Civil Veterinary Department. Central Provinces & Berar 1932-41 - 1932-1941
Year: 1932
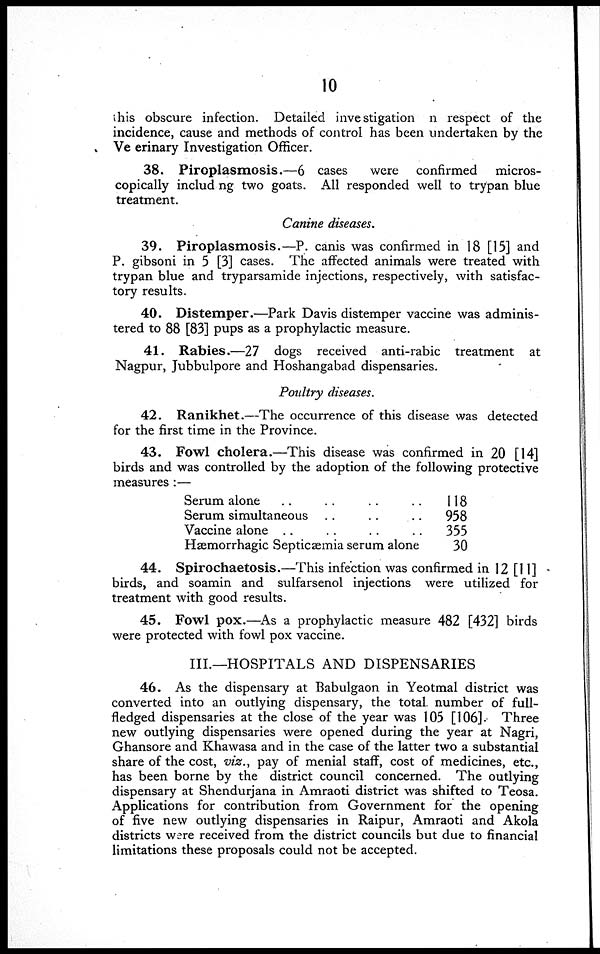
10
this obscure infection. Detailed investigation n respect of the
incidence, cause and methods of control has been undertaken by the
Veterinary Investigation Officer.
38. Piroplasmosis.—6 cases
were confirmed
micros-
copically includ ng two goats. All responded well to trypan blue
treatment.
Canine diseases.
39. Piroplasmosis.—P. canis was confirmed in 18 [15] and
P. gibsoni in 5 [3] cases. The affected animals were treated with
trypan blue and tryparsamide injections, respectively, with satisfac-
tory results.
40. Distemper.—Park Davis distemper vaccine was adminis-
tered to 88 [83] pups as a prophylactic measure.
41. Rabies.—27 dogs received anti-rabic treatment at
Nagpur, Jubbulpore and Hoshangabad dispensaries.
Poultry diseases.
42. Ranikhet.—The occurrence of this disease was detected
for the first time in the Province.
43. Fowl cholera.—This disease was confirmed in 20 [14]
birds and was controlled by the adoption of the following protective
measures :—
Serum alone .. .. .. ..
Serum simultaneous .. .. ..
Vaccine alone .. .. .. ..
Hæmorrhagic Septicæmia serum alone
118
958
355
30
44. Spirochaetosis.—This infection was confirmed in 12 [11]
birds, and soamin and sulfarsenol injections were utilized for
treatment with good results.
45. Fowl pox.—As a prophylactic measure 482 [432] birds
were protected with fowl pox vaccine.
III.—HOSPITALS AND DISPENSARIES
46. As the dispensary at Babulgaon in Yeotmal district was
converted into an outlying dispensary, the total number of full-
fledged dispensaries at the close of the year was 105 [106]. Three
new outlying dispensaries were opened during the year at Nagri,
Ghansore and Khawasa and in the case of the latter two a substantial
share of the cost, viz., pay of menial staff, cost of medicines, etc.,
has been borne by the district council concerned. The outlying
dispensary at Shendurjana in Amraoti district was shifted to Teosa.
Applications for contribution from Government for the opening
of five new outlying dispensaries in Raipur, Amraoti and Akola
districts were received from the district councils but due to financial
limitations these proposals could not be accepted.